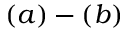
( a ) - ( b )